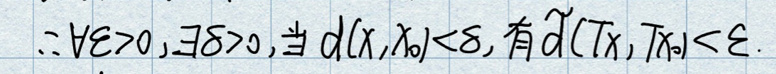
\(\therefore \forall \varepsilon > 0, \exists \delta > 0\),当\(d(x,x_0)<\delta\),有\(d(Tx,Tx_0)<\varepsilon\).